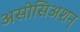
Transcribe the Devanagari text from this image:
असोसिअशन्